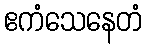
ဧကံသေနေတံ